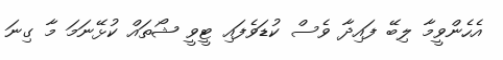
އެހެންވީމާ ލިބޭ ފައިދާ ވެސް ކުޑަވެފައި ޓީވީ ޝޯތައް ކުޅޭނަމަ މާ ގިނަ